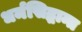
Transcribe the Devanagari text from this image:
धर्मसिद्धान्त